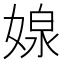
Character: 𭒉